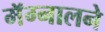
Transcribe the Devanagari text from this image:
मॅग्नालने